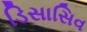
ડિસાસિવ